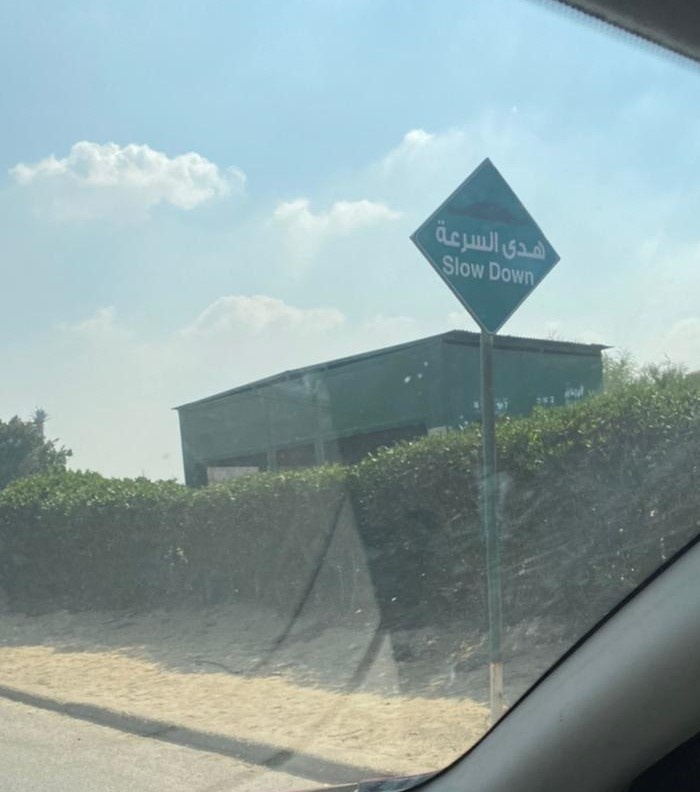
Text in image: السرعة هدى Slow Down